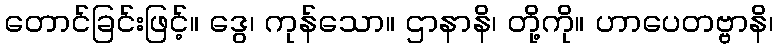
တောင်ခြင်းဖြင့်။ ဒွေ၊ ကုန်သော။ ဌာနာနိ၊ တို့ကို။ ဟာပေတဗ္ဗာနိ၊